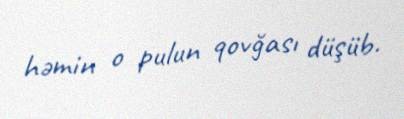
həmin o pulun qovğası düşüb.